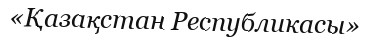
«Қазақстан Республикасы»